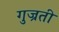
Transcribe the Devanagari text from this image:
गुज्रती